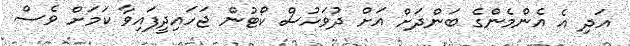
އަދި އެ އެންމެންގެ ބަންދަށް އަށް ދުވަހުސް ކޯޓުން ޖަހައިދީފައިވާ ކަމަށް ވެސް